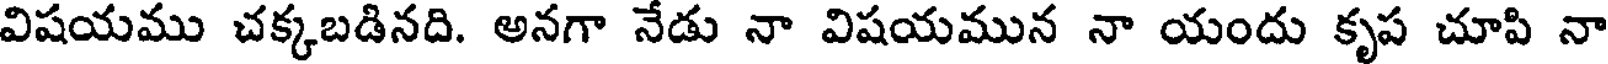
విషయము చక్కబడినది. అనగా నేడు నా విషయమున నా యందు కృప చూపి నా